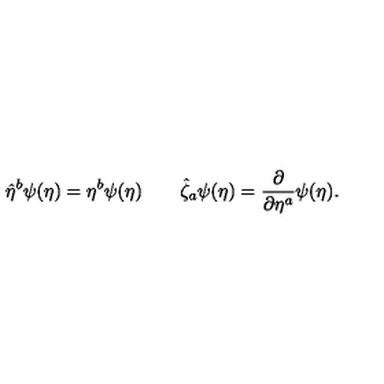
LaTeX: \hat { \eta } ^ { b } \psi ( \eta ) = \eta ^ { b } \psi ( \eta ) \qquad \hat { \zeta } _ { a } \psi ( \eta ) = \frac { \partial } { \partial \eta ^ { a } } \psi ( \eta ) .